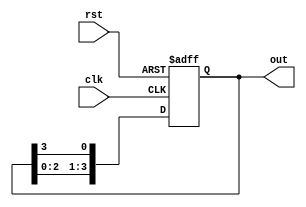
module ring_counter (
    input wire clk,       // Clock input
    input wire rst,       // Asynchronous reset
    output reg [3:0] out  // 4-bit output
);
    always @(posedge clk or posedge rst) begin
        if (rst) begin
            out <= 4'b0001;  // Initialize to 0001 on reset
        end else begin
            out <= {out[2:0], out[3]};  // Shift left and wrap around
        end
    end
endmodule